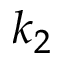
k _ { 2 }